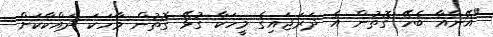
"އޭނާއާ ބެހޭ ގޮތުން އެ ދަރަޖައިގެ މީހަކާ ގުޅޭ ގޮތުން ވާހަކަ ދައްކާކަށް